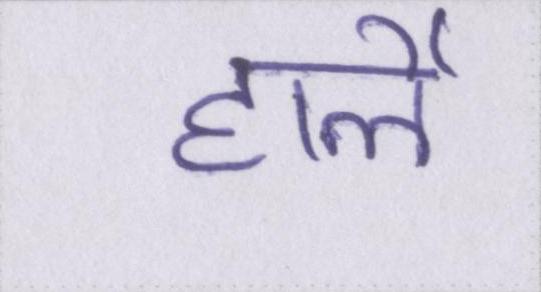
हार्ले